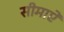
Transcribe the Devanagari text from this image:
सीमाऐ